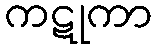
ကဋုကာ